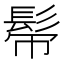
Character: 𩬒